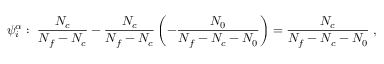
\psi _ { i } ^ { \alpha } : \; \frac { N _ { c } } { N _ { f } - N _ { c } } - \frac { N _ { c } } { N _ { f } - N _ { c } } \left( - \frac { N _ { 0 } } { N _ { f } - N _ { c } - N _ { 0 } } \right) = \frac { N _ { c } } { N _ { f } - N _ { c } - N _ { 0 } } \; ,